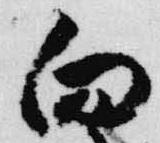
向